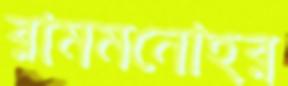
রামমনোহর